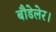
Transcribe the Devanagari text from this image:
बौडेलेर।